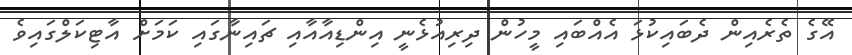
އޭގެ ތެރެއިން ދެބައިކުޅަ އެއްބައި މީހުން ދިރިއުޅެނީ އިންޑިއާއާއި ޗައިނާގައި ކަމަށް އާޓިކަލްގައިވެ